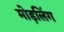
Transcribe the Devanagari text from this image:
मोड़लिंग